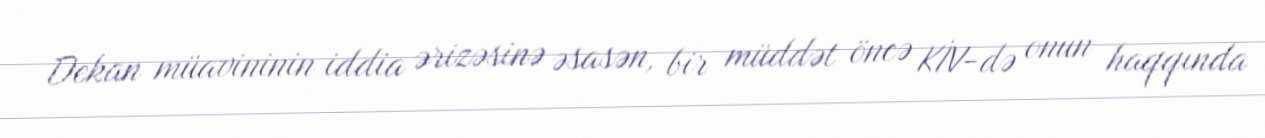
Dekan müavininin iddia ərizəsinə əsasən, bir müddət öncə KİV-də onun haqqında